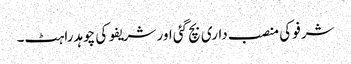
شرفو کی منصب داری بچ گئی اور شریفو کی چوہدراہٹ۔